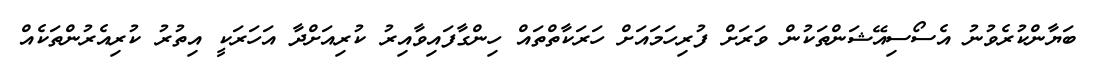
ބަޔާންކުރެވުނު އެސޯސިއޭޝަންތަކުން ވަރަށް ފުރިހަމައަށް ހަރަކާތްތައް ހިންގާފައިވާއިރު ކުރިއަށްދާ އަހަރަކީ އިތުރު ކުރިއެރުންތަކެއް